Plague in India, 1896, 1897 - Volume 3
Year: 1896
Disease focus: Plague
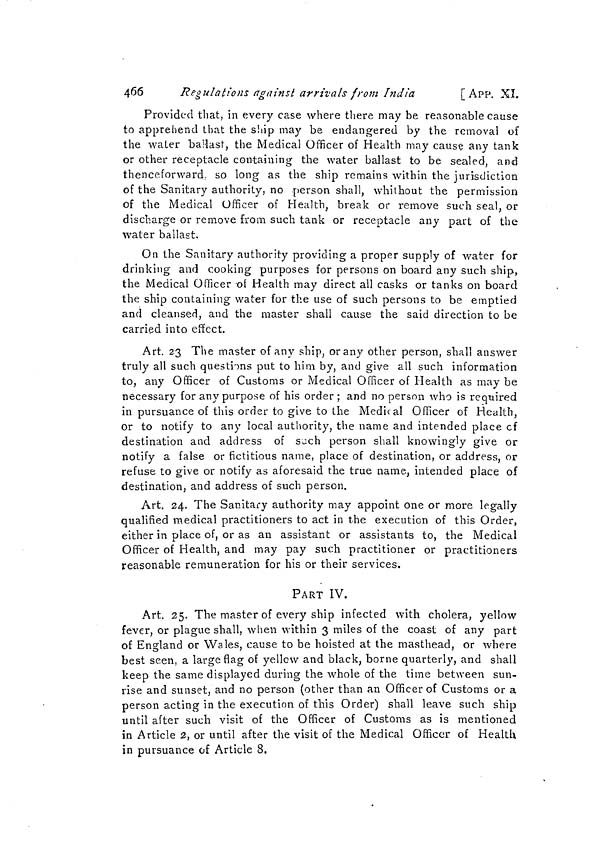
466
Regulations against arrivals from India
[ App. XI.
Provided that, in every case where there may be reasonable cause
to apprehend that the ship may be endangered by the removal of
the water ballast, the Medical Officer of Health may cause any tank
or other receptacle containing the water ballast to be sealed, and
thenceforward, so long as the ship remains within the jurisdiction
of the Sanitary authority, no person shall, whithout the permission
of the Medical Officer of Health, break or remove such seal, or
discharge or remove from such tank or receptacle any part of the
water ballast.
On the Sanitary authority providing a proper supply of water for
drinking and cooking purposes for persons on board any such ship,
the Medical Officer of Health may direct all casks or tanks on board
the ship containing water for the use of such persons to be emptied
and cleansed, and the master shall cause the said direction to be
carried into effect.
Art. 23 The master of any ship, or any other person, shall answer
truly all such questions put to him by, and give all such information
to, any Officer of Customs or Medical Officer of Health as may be
necessary for any purpose of his order ; and no person who is required
in pursuance of this order to give to the Medical Officer of Health,
or to notify to any local authority, the name and intended place of
destination and address of such person shall knowingly give or
notify a false or fictitious name, place of destination, or address, or
refuse to give or notify as aforesaid the true name, intended place of
destination, and address of such person.
Art. 24. The Sanitary authority may appoint one or more legally
qualified medical practitioners to act in the execution of this Order,
either in place of, or as an assistant or assistants to, the Medical
Officer of Health, and may pay such practitioner or practitioners
reasonable remuneration for his or their services.
PART IV.
Art. 25. The master of every ship infected with cholera, yellow
fever, or plague shall, when within 3 miles of the coast of any part
of England or Wales, cause to be hoisted at the masthead, or where
best seen, a large flag of yellow and black, borne quarterly, and shall
keep the same displayed during the whole of the time between sun-
rise and sunset, and no person (other than an Officer of Customs or a
person acting in the execution of this Order) shall leave such ship
until after such visit of the Officer of Customs as is mentioned
in Article 2, or until after the visit of the Medical Officer of Health
in pursuance of Article 8.